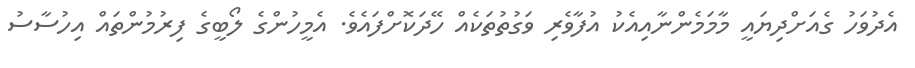
އެދުވަހު ގެއަށްދިޔައީ މާމަމެންނާއިއެކު އުފާވެރި ވަގުތުތަކެއް ހޭދަކޮށްފައެވެ. އެމީހުންގެ ލޯބީގެ ފިރުމުންތައް އިހުސާސު